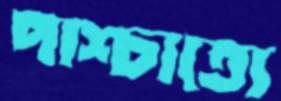
পাশ্চাত্যে